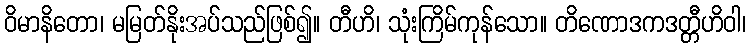
ဝိမာနိတော၊ မမြတ်နိုးအပ်သည်ဖြစ်၍။ တီဟိ၊ သုံးကြိမ်ကုန်သော။ တိဏောဒကဒတ္တီဟိဝါ၊